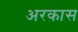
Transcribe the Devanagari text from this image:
अरकास